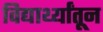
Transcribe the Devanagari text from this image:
विद्यार्थ्यांतून